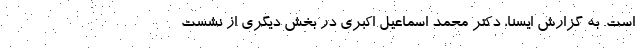
است. به گزارش ایسنا، دکتر محمد اسماعیل اکبری در بخش دیگری از نشست